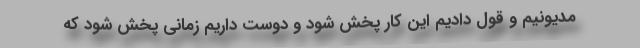
مدیونیم و قول دادیم این کار پخش شود و دوست داریم زمانی پخش شود که